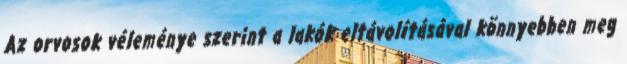
Az orvosok véleménye szerint a lakók eltávolításával könnyebben meg